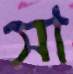
সা